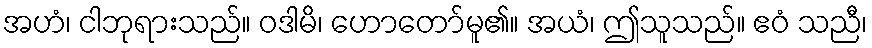
အဟံ၊ ငါဘုရားသည်။ ဝဒါမိ၊ ဟောတော်မူ၏။ အယံ၊ ဤသူသည်။ ဧဝံ သညီ၊